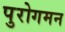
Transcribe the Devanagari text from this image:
पुरोगमन